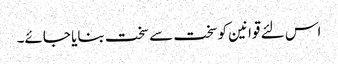
اس لئے قوانین کوسخت سے سخت بنایا جائے۔